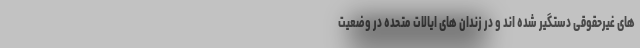
های غیرحقوقی دستگیر شده اند و در زندان های ایالات متحده در وضعیت